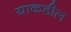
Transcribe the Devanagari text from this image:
याकडील